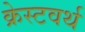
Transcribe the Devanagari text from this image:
क्रेस्टवर्थ